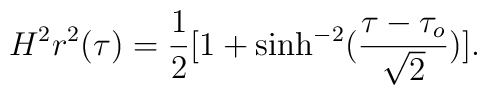
H^2r^2(\tau)=\frac{1}{2}[1+\sinh^{-2}(\frac{\tau-\tau_o}{\sqrt{2}})].